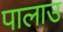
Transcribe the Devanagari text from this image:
पालाउ